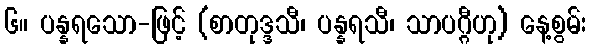
၆။ ပန္နရသော-ဖြင့် (စာတုဒ္ဒသီ၊ ပန္နရသီ၊ သာပဂ္ဂီဟု) နေ့စွမ်း